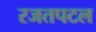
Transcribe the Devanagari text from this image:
रजतपटल